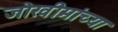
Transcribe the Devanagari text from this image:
जोखीमांच्या